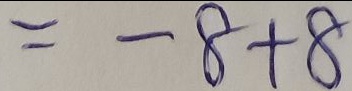
= - 8 + 8